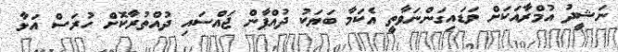
ނަޝީދު އުމްރާއަކަށް ވަޑައިގަންނަވާތީ އެކަމާ ބަޔަކު ދުއްޕާން ޖައްސައި ދުއްތުރާކޮށް ހުރަސް އަޅާ